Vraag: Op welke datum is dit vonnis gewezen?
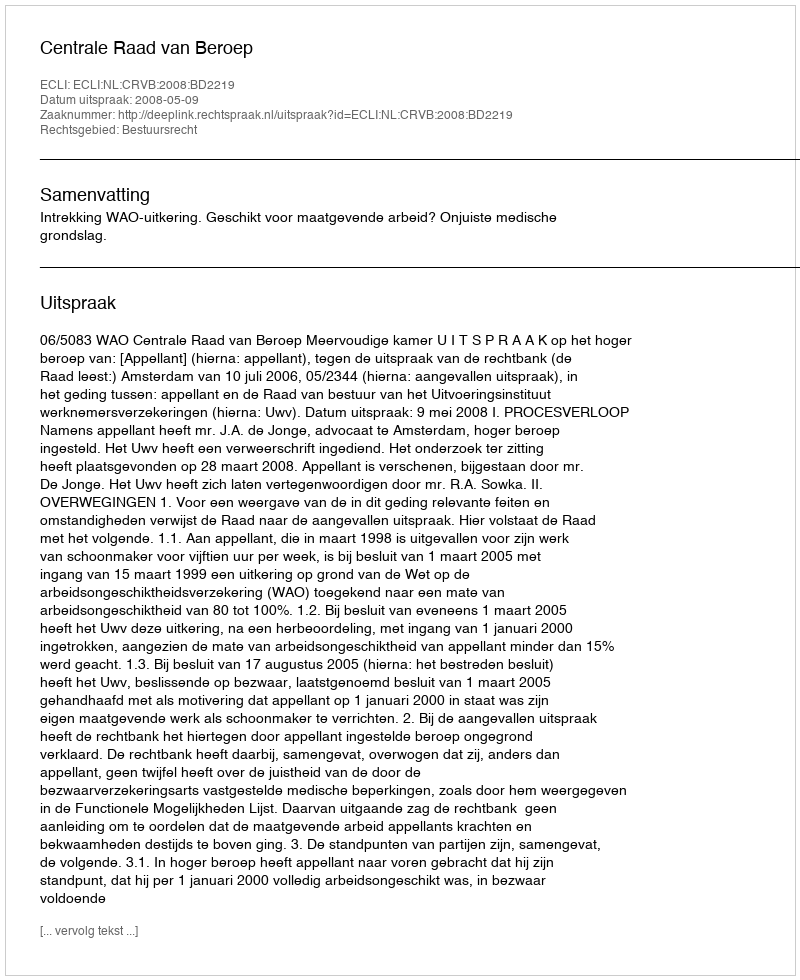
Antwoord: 2008-05-09